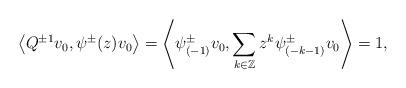
LaTeX: \begin{gather*}\big\langle Q^{\pm1}v_{0},\psi^{\pm}(z)v_{0}\big\rangle= \left\langle \psi^{\pm}_{(-1)}v_{0},\sum_{k\in\mathbb{Z}}z^{k}\psi^{\pm}_{(-k-1)}v_{0}\right\rangle =1,\end{gather*}